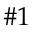
\# 1